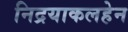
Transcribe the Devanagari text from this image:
निद्रयाकलहेन